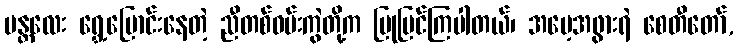
မန္တလေး ရွှေ့ပြောင်းနေတဲ့ ညီတစ်ဝမ်းကွဲတို့က ပြုပြင်ကြပါတယ်၊ အမေ့အဖွားရဲ စေတီတော်,